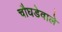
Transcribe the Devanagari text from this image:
चौघडेवाले